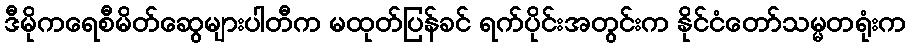
ဒီမိုကရေစီမိတ်ဆွေများပါတီက မထုတ်ပြန်ခင် ရက်ပိုင်းအတွင်းက နိုင်ငံတော်သမ္မတရုံးက